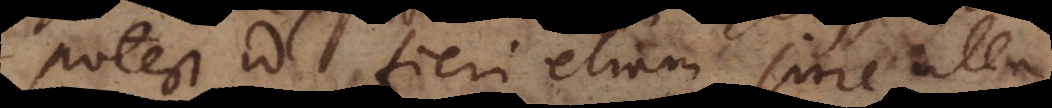
Potest id fieri etiam sine ulla